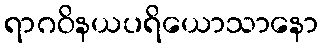
ရာဂဝိနယပရိယောသာနော